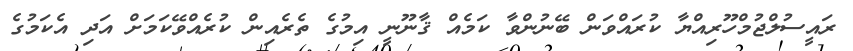
ރައީސުލްޖުމްހޫރިއްޔާ ކުރައްވަން ބޭނުންވާ ކަމެއް ޤާނޫނީ އިމުގެ ތެރެއިން ކުރެއްވޭކަމަށް އަދި އެކަމުގެ